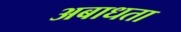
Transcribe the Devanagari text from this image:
अबाधता